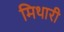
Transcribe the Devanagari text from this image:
मिथारी